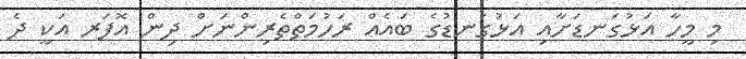
މި މީހާ އަޅުގަނޑަށާއި އަޅުގަނޑުގެ ބައެއް ރަހުމަތްތެރިންނަށް ދިން އޮފަރ އަކީ ދެ